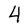
Character: 4